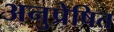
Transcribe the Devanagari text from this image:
अनुप्रेषित